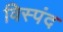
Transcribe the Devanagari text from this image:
विस्पंद